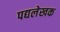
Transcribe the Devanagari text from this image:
पद्यलेखक